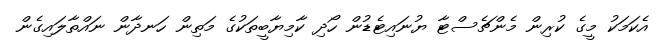
އެކަމަކު މީގެ ކުރިން މެންޗެސްޓާ ޔުނައިޓެޑުން ހޯދި ކާމިޔާބީތަކުގެ މަތިން ހަނދާން ނައްތާލައިގެން